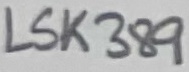
Text: LSK389